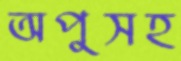
অপুসহ